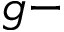
g -